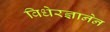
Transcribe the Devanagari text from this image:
विधेरज्ञानेन